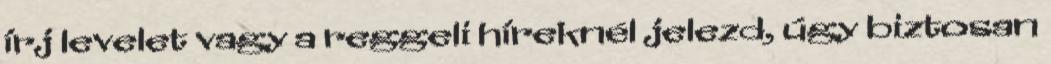
írj levelet vagy a reggeli híreknél jelezd, úgy biztosan